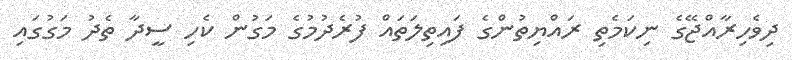
ދިވެހިރާއްޖޭގެ ނިކަމެތި ރައްޔިތުންގެ ފައިތިލަތައް ފުރެދުމުގެ މަގުން ކެހި ސީދާ ތެދު މަގުގައި